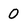
Character: 0